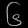
Digit: ၆